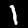
Label: 1